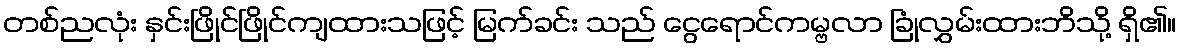
တစ်ညလုံး နှင်းဖြိုင်ဖြိုင်ကျထားသဖြင့် မြက်ခင်း သည် ငွေရောင်ကမ္ဗလာ ခြုံလွှမ်းထားဘိသို့ ရှိ၏။